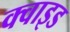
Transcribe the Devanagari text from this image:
क्वाइड